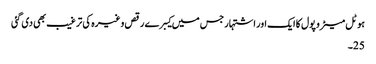
ہوٹل میٹرو پول کا ایک اور اشتہار جس میں کیبرے رقص وغیرہ کی ترغیب بھی دی گئی
25۔